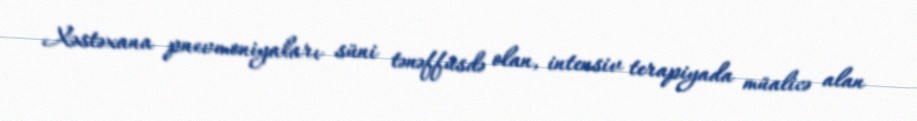
Xəstəxana pnevmoniyaları süni tənəffüsdə olan, intensiv terapiyada müalicə alan